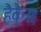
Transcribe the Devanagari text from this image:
हैवैना